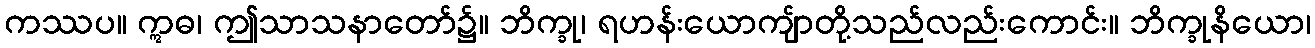
ကဿပ။ ဣဓ၊ ဤသာသနာတော်၌။ ဘိက္ခု၊ ရဟန်းယောကျ်ာတို့သည်လည်းကောင်း။ ဘိက္ခုနိယော၊